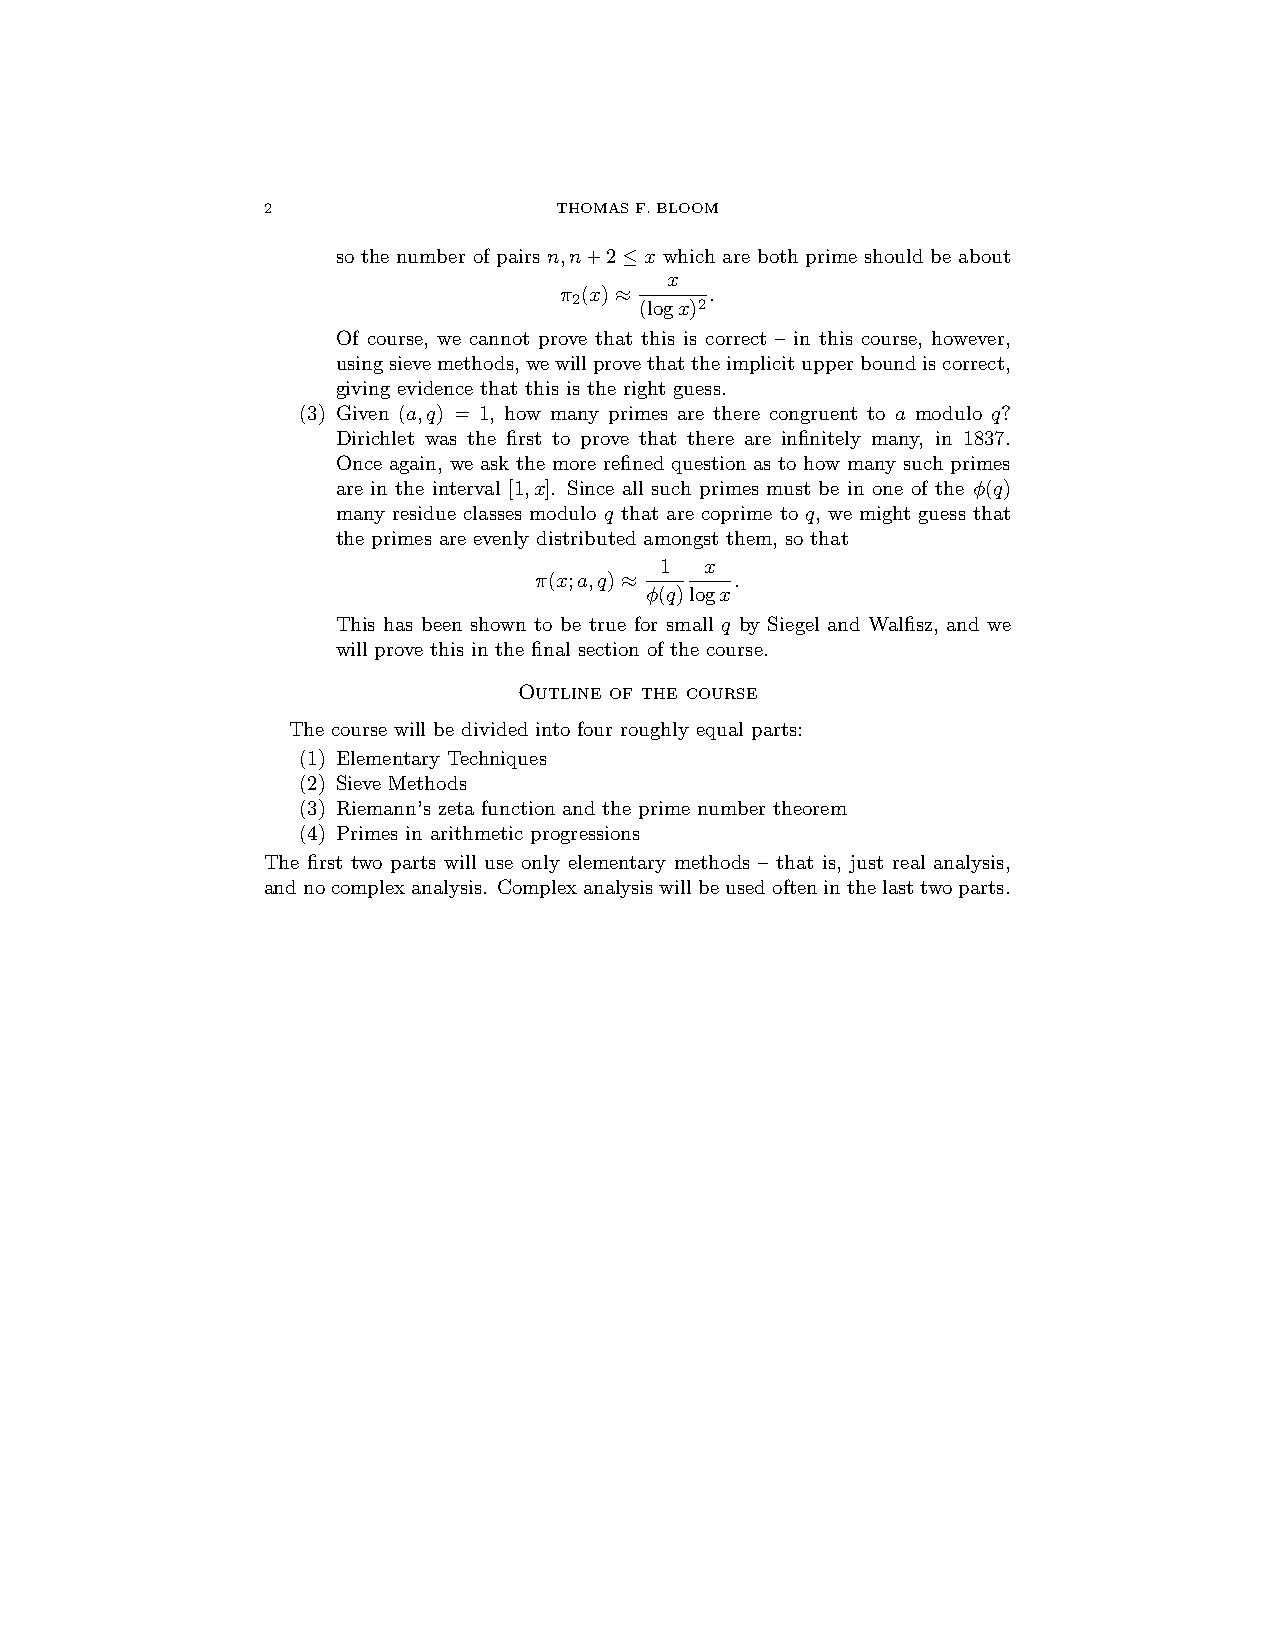
2                   THOMASF.BLOOM
 so the number of pairs n,n+2≤x which are both prime should be about
 x
 π (x)≈    .
 2   (logx)2
 Of course, we cannot prove that this is correct – in this course, however,
 usingsievemethods,wewillprovethattheimplicitupperboundiscorrect,
 giving evidence that this is the right guess.
 (3) Given (a,q) = 1, how many primes are there congruent to a modulo q?
 Dirichlet was the first to prove that there are infinitely many, in 1837.
 Once again, we ask the more refined question as to how many such primes
 are in the interval [1,x]. Since all such primes must be in one of the φ(q)
 many residue classes modulo q that are coprime to q, we might guess that
 the primes are evenly distributed amongst them, so that
 1  x
 π(x;a,q)≈     .
 φ(q)logx
 This has been shown to be true for small q by Siegel and Walfisz, and we
 will prove this in the final section of the course.
 Outline of the course
 The course will be divided into four roughly equal parts:
 (1) Elementary Techniques
 (2) Sieve Methods
 (3) Riemann’s zeta function and the prime number theorem
 (4) Primes in arithmetic progressions
 The first two parts will use only elementary methods – that is, just real analysis,
 andnocomplexanalysis. Complexanalysiswillbeusedofteninthelasttwoparts.